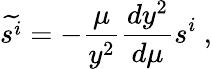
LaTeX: \widetilde{s^{i}}=-{\frac{\mu}{y^{2}}}{\frac{dy^{2}}{d\mu}}s^{i}\ ,